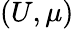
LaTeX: (U,\mu)